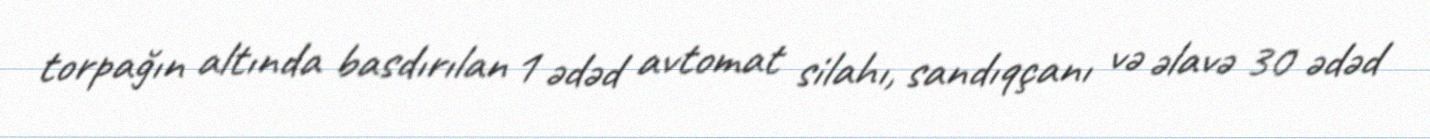
torpağın altında basdırılan 1 ədəd avtomat silahı, sandıqçanı və əlavə 30 ədəd